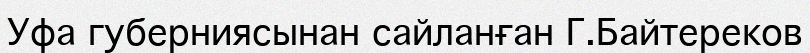
Уфа губерниясынан сайланған Г.Байтереков